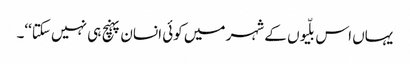
یہاں اس بلّیوں کے شہر میں کوئی انسان پہنچ ہی نہیں سکتا‘‘۔